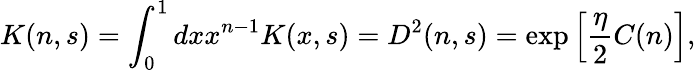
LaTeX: K(n,s)=\int_{0}^{1}dxx^{n-1}K(x,s)=D^{2}(n,s)=\exp\left[{\frac{\eta}{2}}C(n)\right],